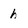
Character: h